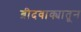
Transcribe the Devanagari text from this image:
ब्रीदवाक्यातून